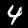
Label: 4